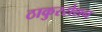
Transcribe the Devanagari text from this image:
ठाकुररोशन